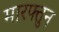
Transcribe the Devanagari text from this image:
मारफ्तुन